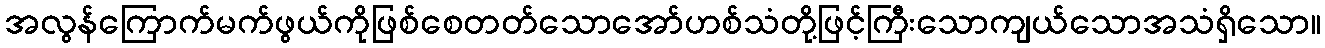
အလွန်ကြောက်မက်ဖွယ်ကိုဖြစ်စေတတ်သောအော်ဟစ်သံတို့ဖြင့်ကြီးသောကျယ်သောအသံရှိသော။